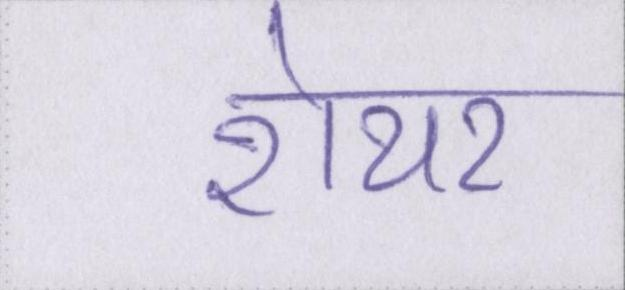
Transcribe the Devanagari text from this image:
शेयर